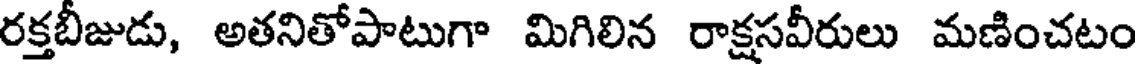
రక్తబీజుడు, అతనితోపాటుగా మిగిలిన రాక్షసవీరులు మణించటం